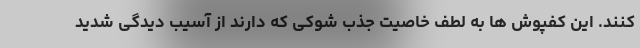
کنند. این کفپوش ها به لطف خاصیت جذب شوکی که دارند از آسیب دیدگی شدید